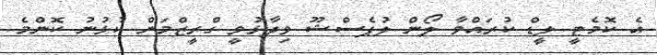
އެ ކޮމެޓީ ލީޑް ކުރައްވާ ލޯން ލުޕެސްޝޫ ވިދާޅުވީ ގްރީޒްމަން ކުޅުނު ކޮންމެ